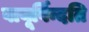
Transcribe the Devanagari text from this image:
वायूर्विन्दति